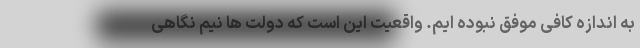
به اندازه کافی موفق نبوده ایم. واقعیت این است که دولت ها نیم نگاهی